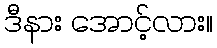
ဒီနား အောင့်လား။